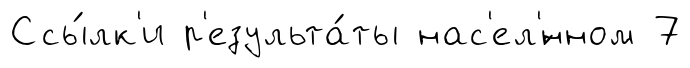
Ссы́лк'и р'езульта́ты нас'ел'́нном 7